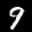
Label: 9